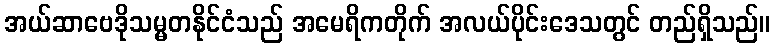
အယ်ဆာဗေဒိုသမ္မတနိုင်ငံသည် အမေရိကတိုက် အလယ်ပိုင်းဒေသတွင် တည်ရှိသည်။